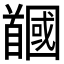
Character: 𩠲